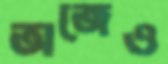
অজেও